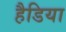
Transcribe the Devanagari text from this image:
हैडिया